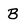
Character: B